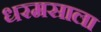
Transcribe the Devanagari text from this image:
धरमसाला